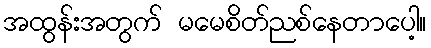
အထွန်းအတွက် မမေစိတ်ညစ်နေတာပေါ့။